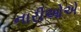
નારીઓએ